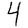
Digit: 4